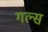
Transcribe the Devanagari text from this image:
गल्स